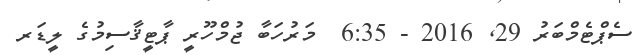
ސެޕްޓެމްބަރު 29